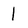
Character: 1